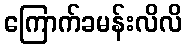
ကြောက်ခမန်းလိလိ